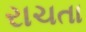
રાચતા